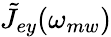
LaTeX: \tilde{J}_{ey}(\omega_{mw})